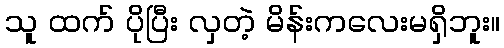
သူ ထက် ပိုပြီး လှတဲ့ မိန်းကလေးမရှိဘူး။